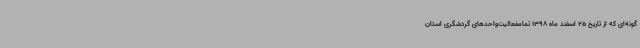
گونه‌ای که از تاریخ 25 اسفند ماه 1398 تمامفعالیت‌واحدهای گردشگری استان